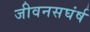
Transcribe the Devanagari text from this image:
जीवनसघंर्ष